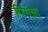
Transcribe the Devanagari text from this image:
पिगंला